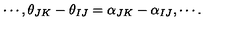
\cdots , \theta _ { J K } - \theta _ { I J } = \alpha _ { J K } - \alpha _ { I J } , \cdots .